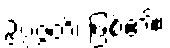
ဥပ္ပဇ္ဇတိ၊ ဖြစ်၏။